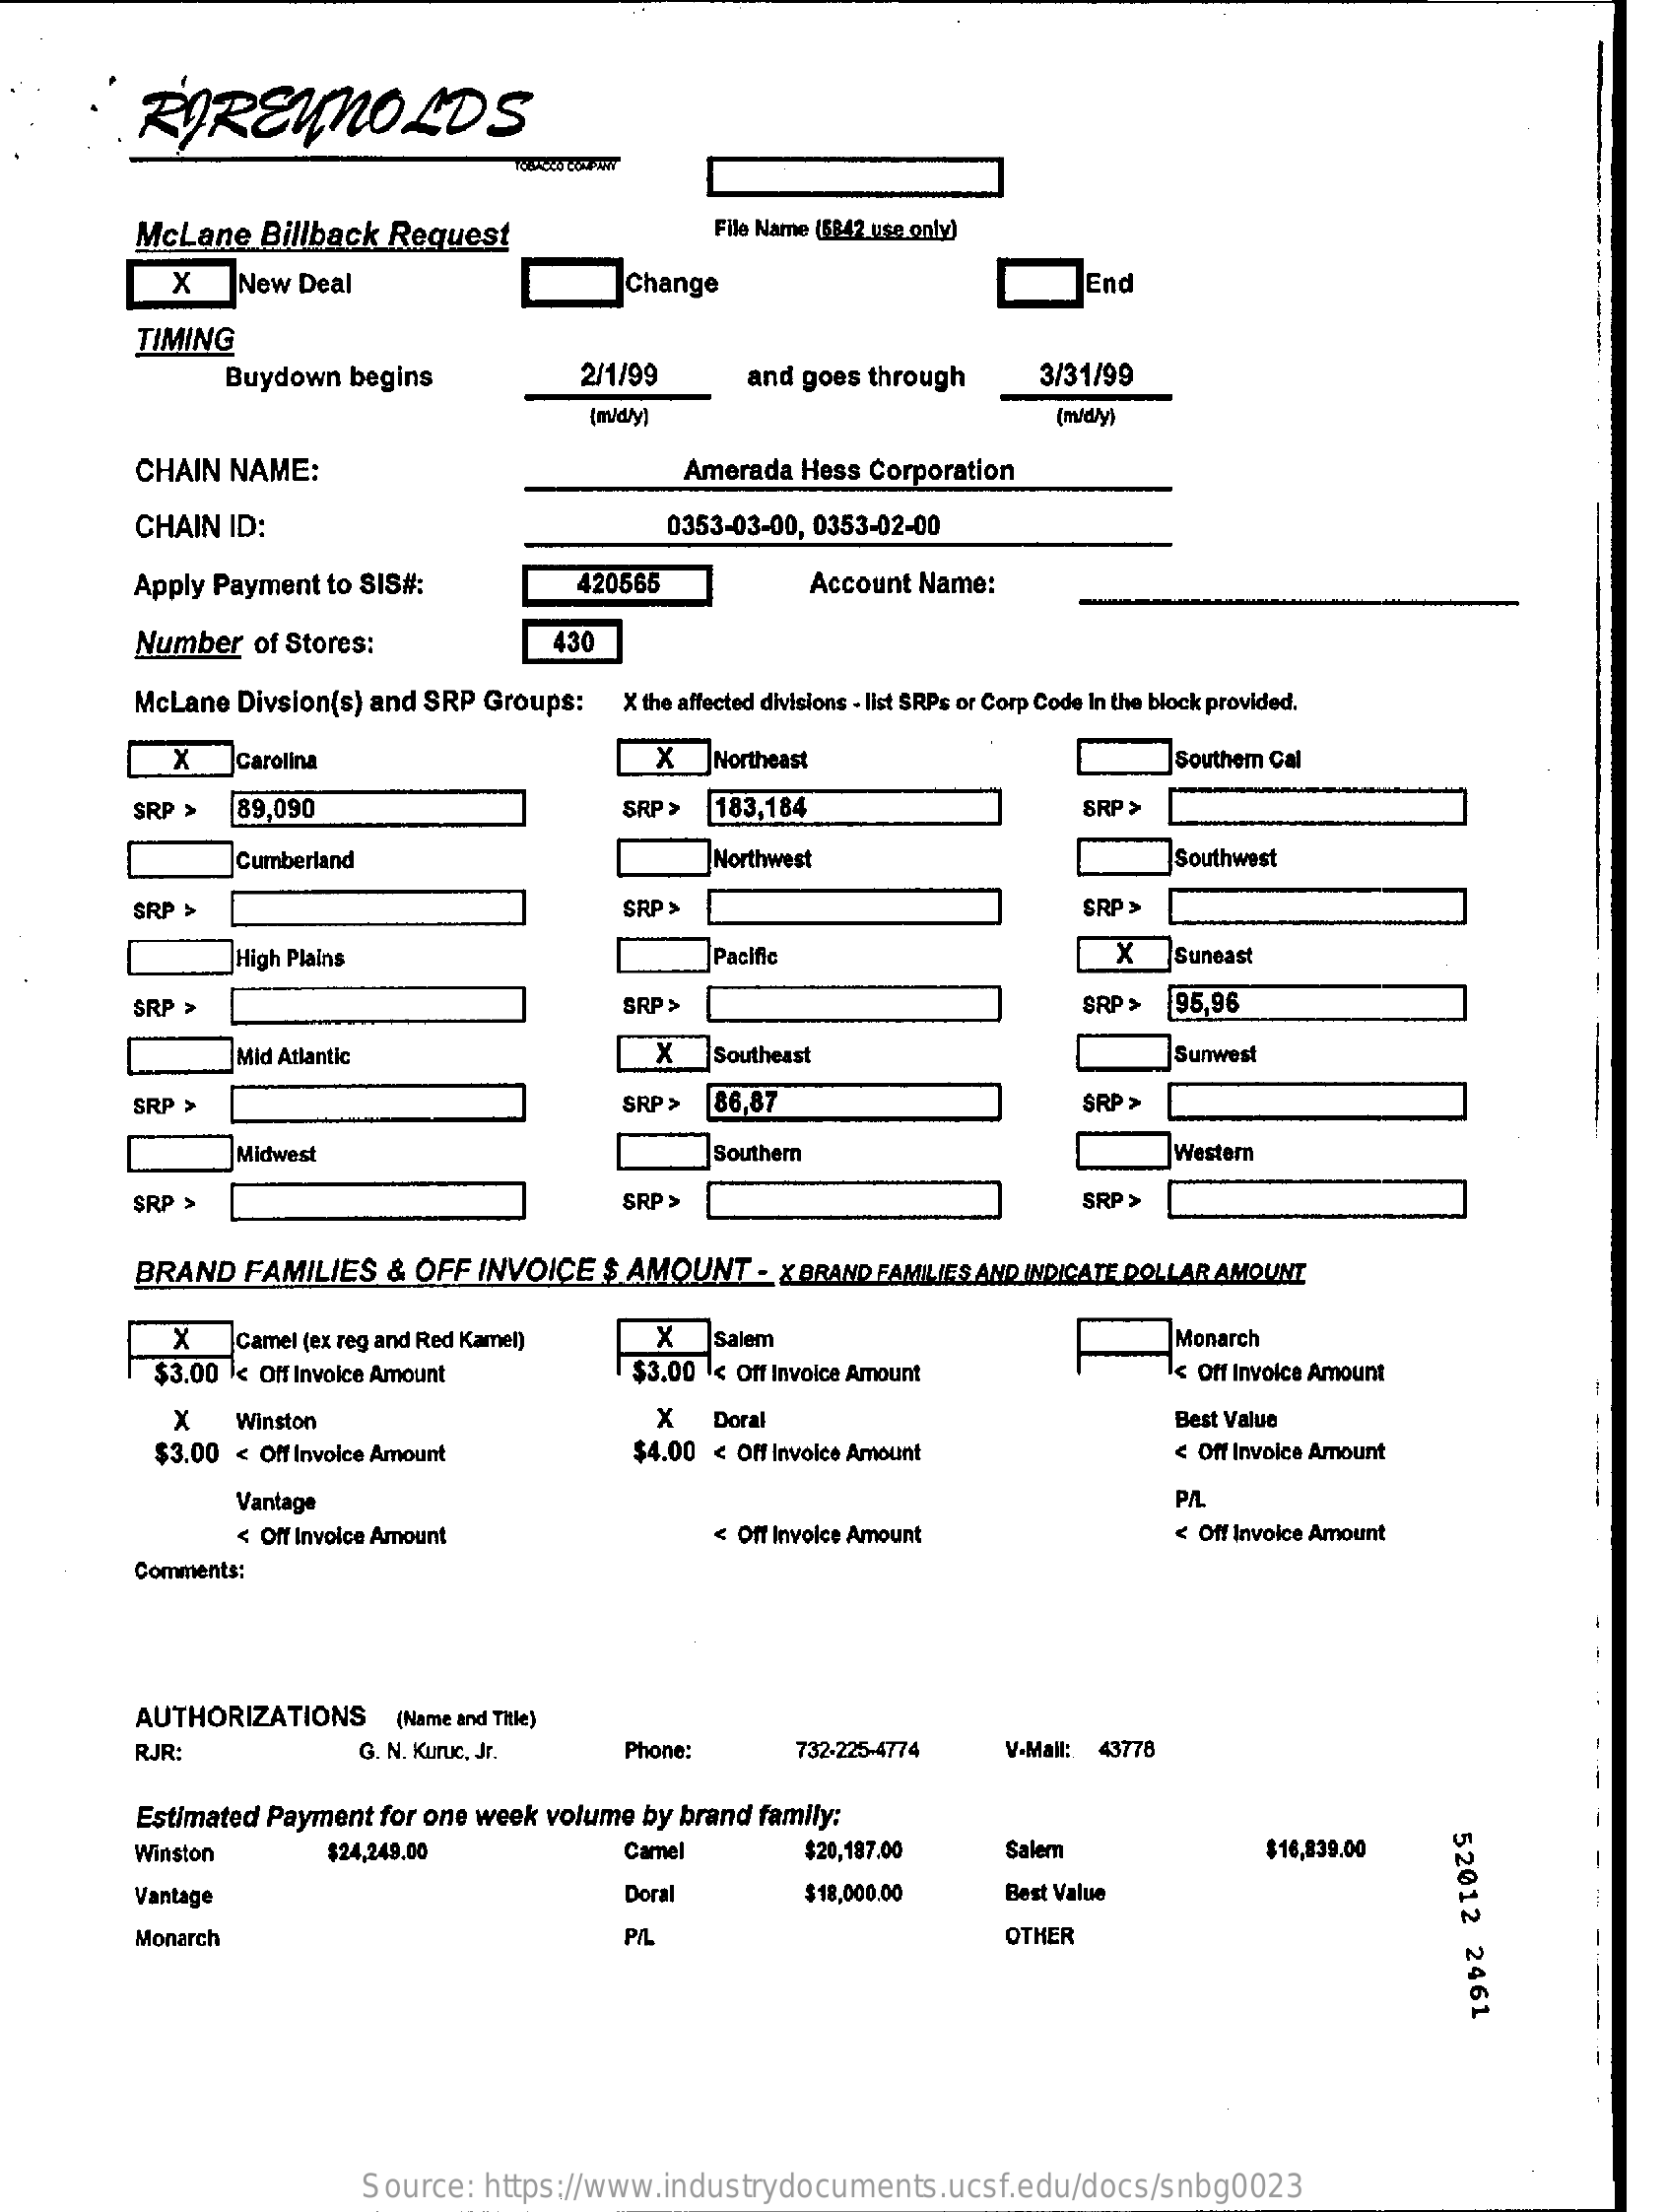
RYREYNOLDS
     McLane    Billback Request    File Name (5842 use only)
     X    New Deal    Change    End
     TIMING
     Buydown  begins    2/1/99    and goes through    3/31/99
     (m/d)y]    (m/dly)
     CHAIN  NAME:    Amerada Hess Corporation
     CHAIN  ID:    0353-03-00, 0353-02-00
     Apply Payment  to SIS#:    420565    Account Name:
     Number   of Stores:    430
     McLane  Divsion(s) and SRP Groups:   X the affected divisions - list SRPs or Corp Code In the block provided.
     X_]carolina    X    Northeast    Southern Cal
     SRP >   89,090    SRP >  183,184    BRP >
     Cumberland    Northwest    Southwest
     SRP >    SRP >    SRP >
     High Plains    Pacific    X   Suneast
     GRP >    SRP>    SRP >  95,96
     Mid Atlantic    X    Southeast    Sunwest
     SRP >    SRP>   86,87    SRP >
     Midwest    Southern    Western
     SRP >    SRP >    SRP >
     BRAND   FAMILIES   & OFF  INVOICE  $ AMOUNT    - X BRAND FAMILIES AND INDICATE DOLLAR AMOUNT
     X_|Camel  (ex reg and Red Kamel)    X   |Salem    Monarch
     $3.00 < Off Invoice Amount    $3.00  < Off Invoice Amount    < Off Invoice Amount
     -
     x    Winston    X   Doral    Best Value
     $3.00 < Off Invoice Amount    $4.00 < Off Invoice Amount    < Off Invoice Amount
     ---
     Vantage    PAL
     < Off Invoice Amount    < Off Invoice Amount    < Off Invoice Amount
     Comments:
     AUTHORIZATIONS    (Name and Title)
     RJR:    G. N. Kuruc, Jr.    Phone:    732-225-4774    V-Mail: 43778
     Estimated Payment for one week volume by brand family:
     52012
     2461
     Winston    $24,249,00    Camel    $20,187.00    Salem    $16,839.00
     Vantage    Doral    $18,000.00    Best Value
     Monarch    PIL    OTHER
     Source:  https://www.industrydocuments.ucsf.edu/docs/snbg0023